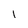
Character: I